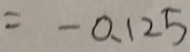
= - 0 . 1 2 5